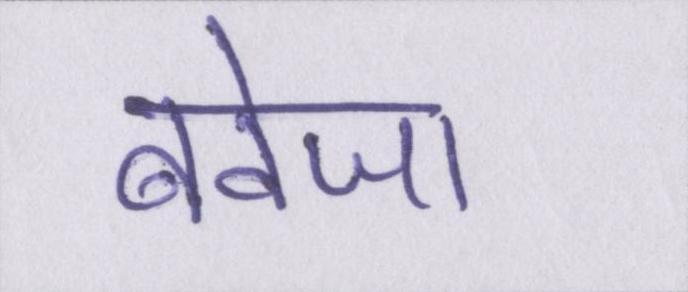
बवेजा